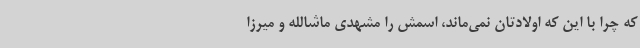
که چرا با این که اولادتان نمی‌ماند، اسمش را مشهدی ماشالله و میرزا